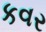
કવર